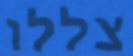
צללו